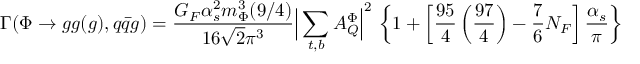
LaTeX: \Gamma ( \Phi \to g g ( g ) , q { \bar { q } } g ) = \frac { G _ { F } \alpha _ { s } ^ { 2 } m _ { \Phi } ^ { 3 } ( 9 / 4 ) } { 1 6 \sqrt { 2 } \pi ^ { 3 } } \Big | \sum _ { t , b } A _ { Q } ^ { \Phi } \Big | ^ { 2 } \, \left\{ 1 + \left[ \frac { 9 5 } { 4 } \left( \frac { 9 7 } { 4 } \right) - \frac { 7 } { 6 } N _ { F } \right] \frac { \alpha _ { s } } { \pi } \right\}